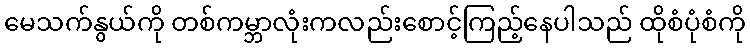
မေသက်နွယ်ကို တစ်ကမ္ဘာလုံးကလည်းစောင့်ကြည့်နေပါသည် ထိုစံပုံစံကို